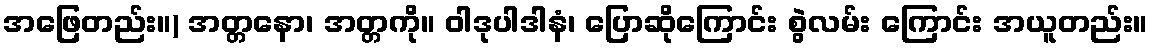
အဖြေတည်း။) အတ္တနော၊ အတ္တကို။ ဝါဒုပါဒါနံ၊ ပြောဆိုကြောင်း စွဲလမ်း ကြောင်း အယူတည်း။